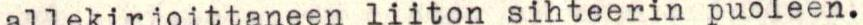
allekirjoittaneen liiton sihteerin puoleen.